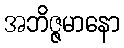
အဘိဇ္ဇမာနော